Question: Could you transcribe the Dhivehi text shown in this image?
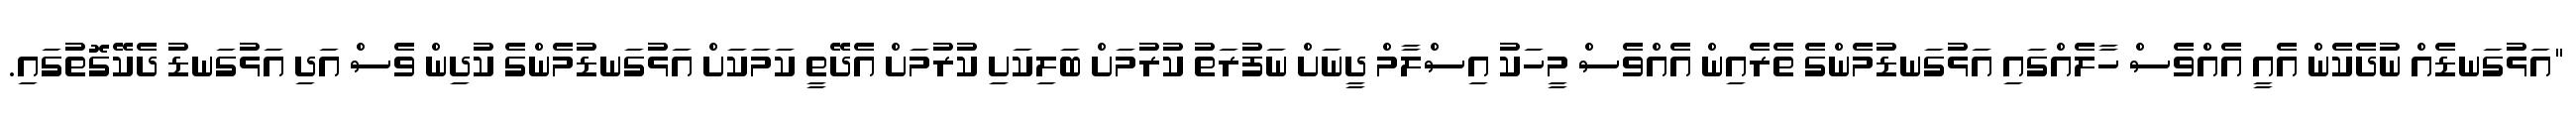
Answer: "އަޅުގަނޑެއް ނުދެކެން އެއީ އެއްވެސް ހާލެއްގައި އަޅުގަނޑުމެންގެ ތެރެއިން އެއްވެސް މީހަކު އިސްލާމް ދީނަށް ނަފުރަތު ކުރުމަށް ބަލިކަށި ކުރުމަށް އެދޭތީ ކަމަކަށް އަޅުގަނޑުމެންގެ ކުދިން ވެސް އަދި އަޅުގަނޑު ދެކޭގޮތުގައި.